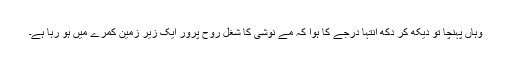
وہاں پہنچا تو دیکھ کر دکھ انتہا درجے کا ہوا کہ مے نوشی کا شغل روح پرور ایک زیرِ زمین کمرے میں ہو رہا ہے۔